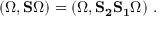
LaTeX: ( \Omega , { \bf S } \Omega ) = ( \Omega , { \bf S _ { 2 } S _ { 1 } } \Omega ) \, \, .